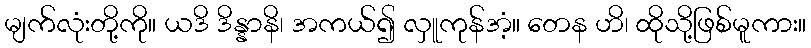
မျက်လုံးတို့ကို။ ယဒိ ဒိန္နာနိ၊ အကယ်၍ လှူကုန်အံ့။ တေန ဟိ၊ ထိုသို့ဖြစ်မူကား။